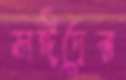
সঈদের